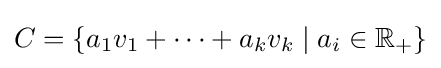
C=\{a_{1}v_{1}+\cdots +a_{k}v_{k}\mid a_{i}\in \mathbb {R} _{+}\}